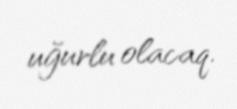
uğurlu olacaq.